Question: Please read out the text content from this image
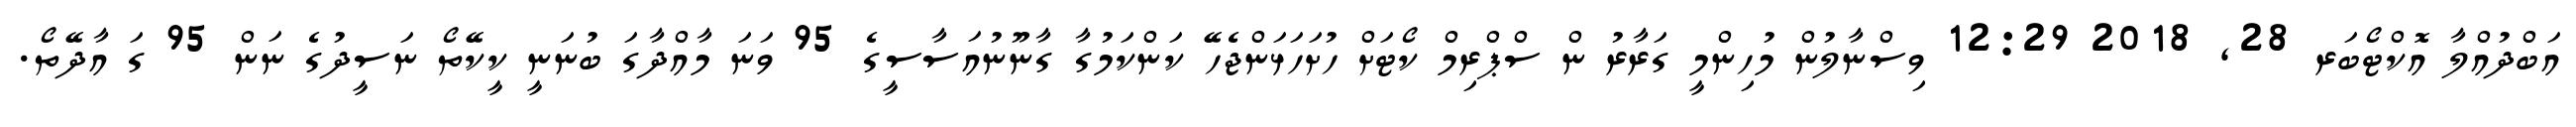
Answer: އަބްދުއްލާ އޮކްޓޯބަރ 28, 2018 12:29 ވިސްނާލުން މުހިންމީ ގަރާރު ން ސްޕްރިމް ކޯޓަށް ހުށަހަޅަންޖެހޭ ކަންކަމުގާ ގާނޫނުއަސާސީގެ 95 ވަނަ މާއްދާގަ ބުނަނީ ކީކޭތޯ ނަސީދުގެ ނަން 95 ގަ އާދޭތޯ.